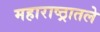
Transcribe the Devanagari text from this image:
महाराष्ठ्रातले